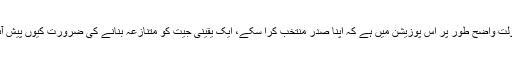
اس میں کوئی شک نہیں کہ مسلم لیگ ن اپنے اتحادیوں کی بدولت واضح طور پر اس پوزیشن میں ہے کہ اپنا صدر منتخب کرا سکے، ایک یقینی جیت کو متنازعہ بنانے کی ضرورت کیوں پیش آئی، اس کا جواب تو مسلم لیگ ن کی قیادت ہی دے سکتی ہے۔